Problem: 9 × 9 = ?
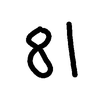
Handwritten answer: 81